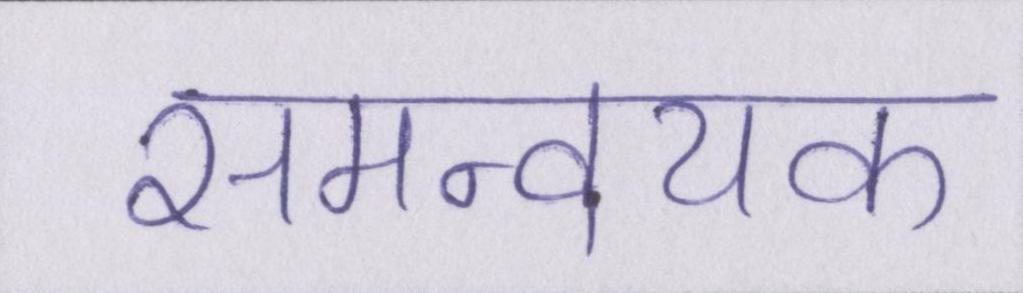
समन्वयक